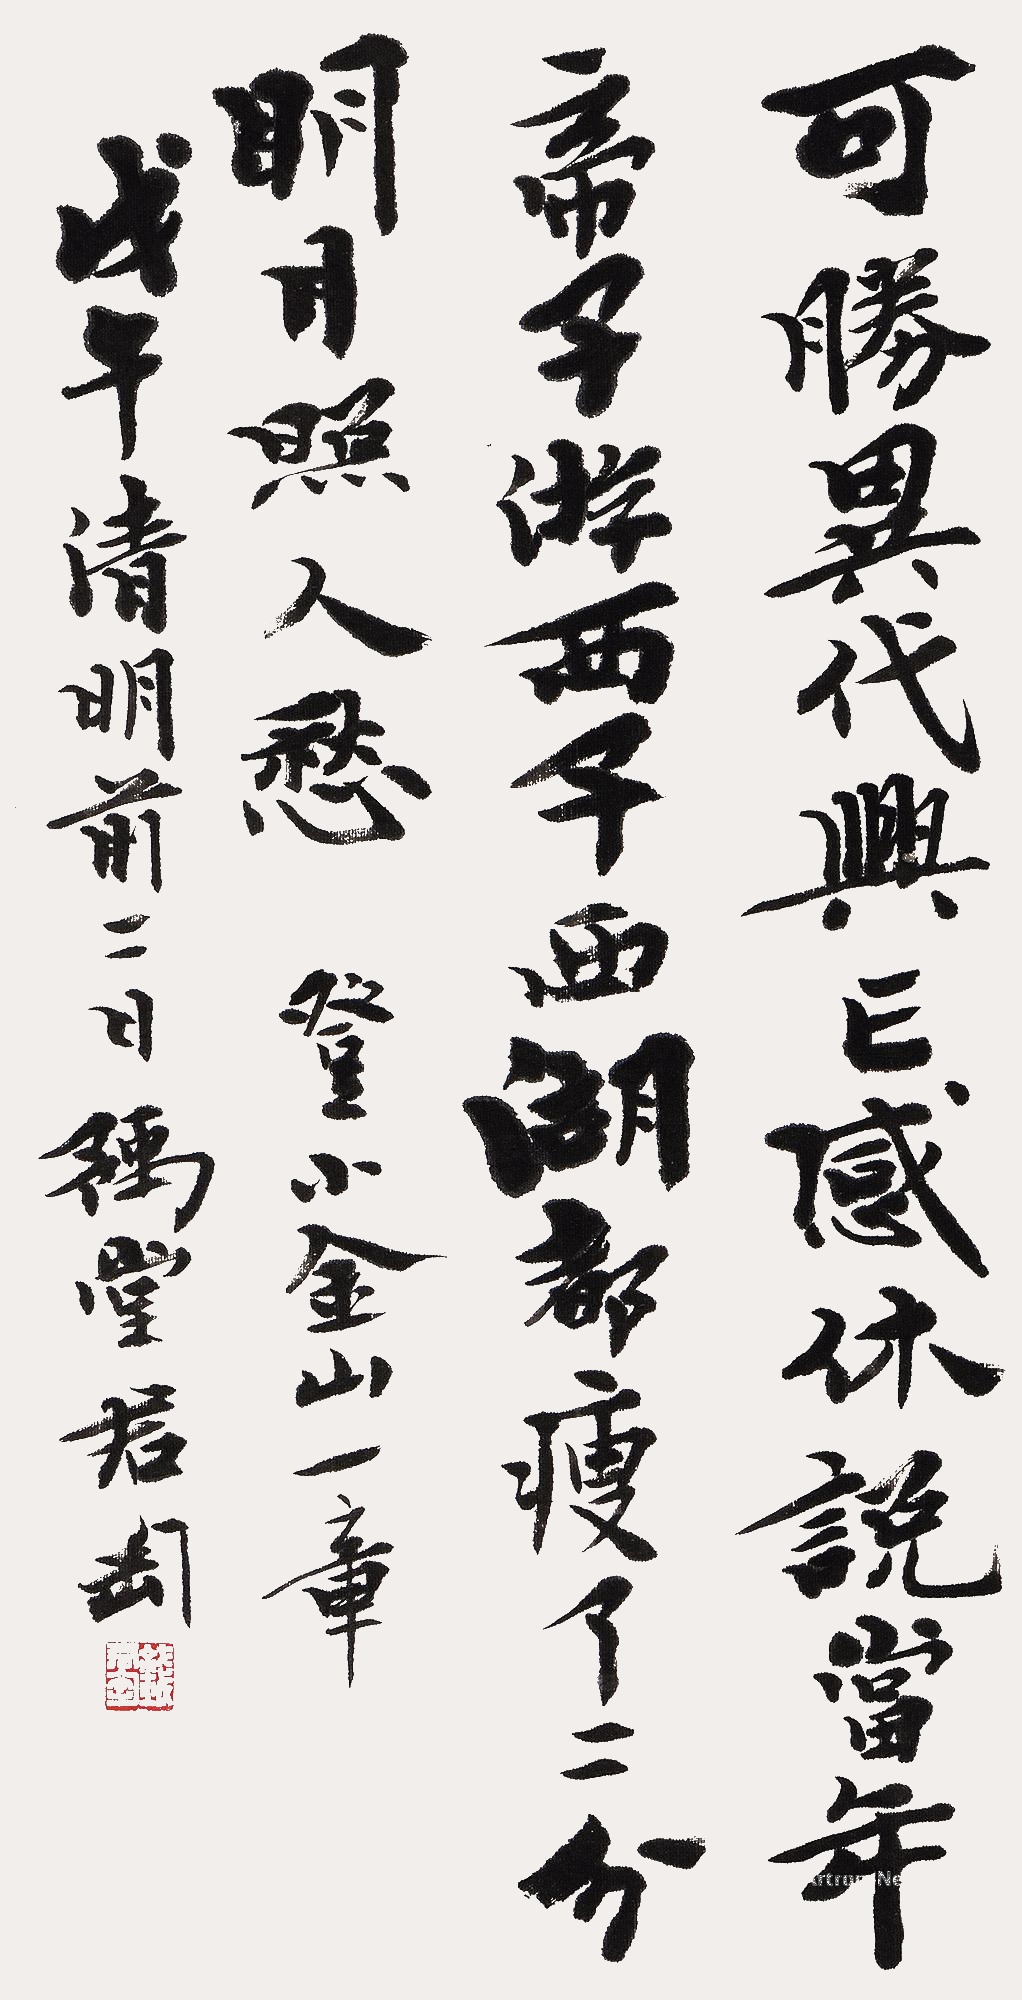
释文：可胜异代兴亡感，休说当年帝子游。西子西湖都瘦了，二分明月照人愁。登小金山一章。戊午清明前二日，豫堂君匋。